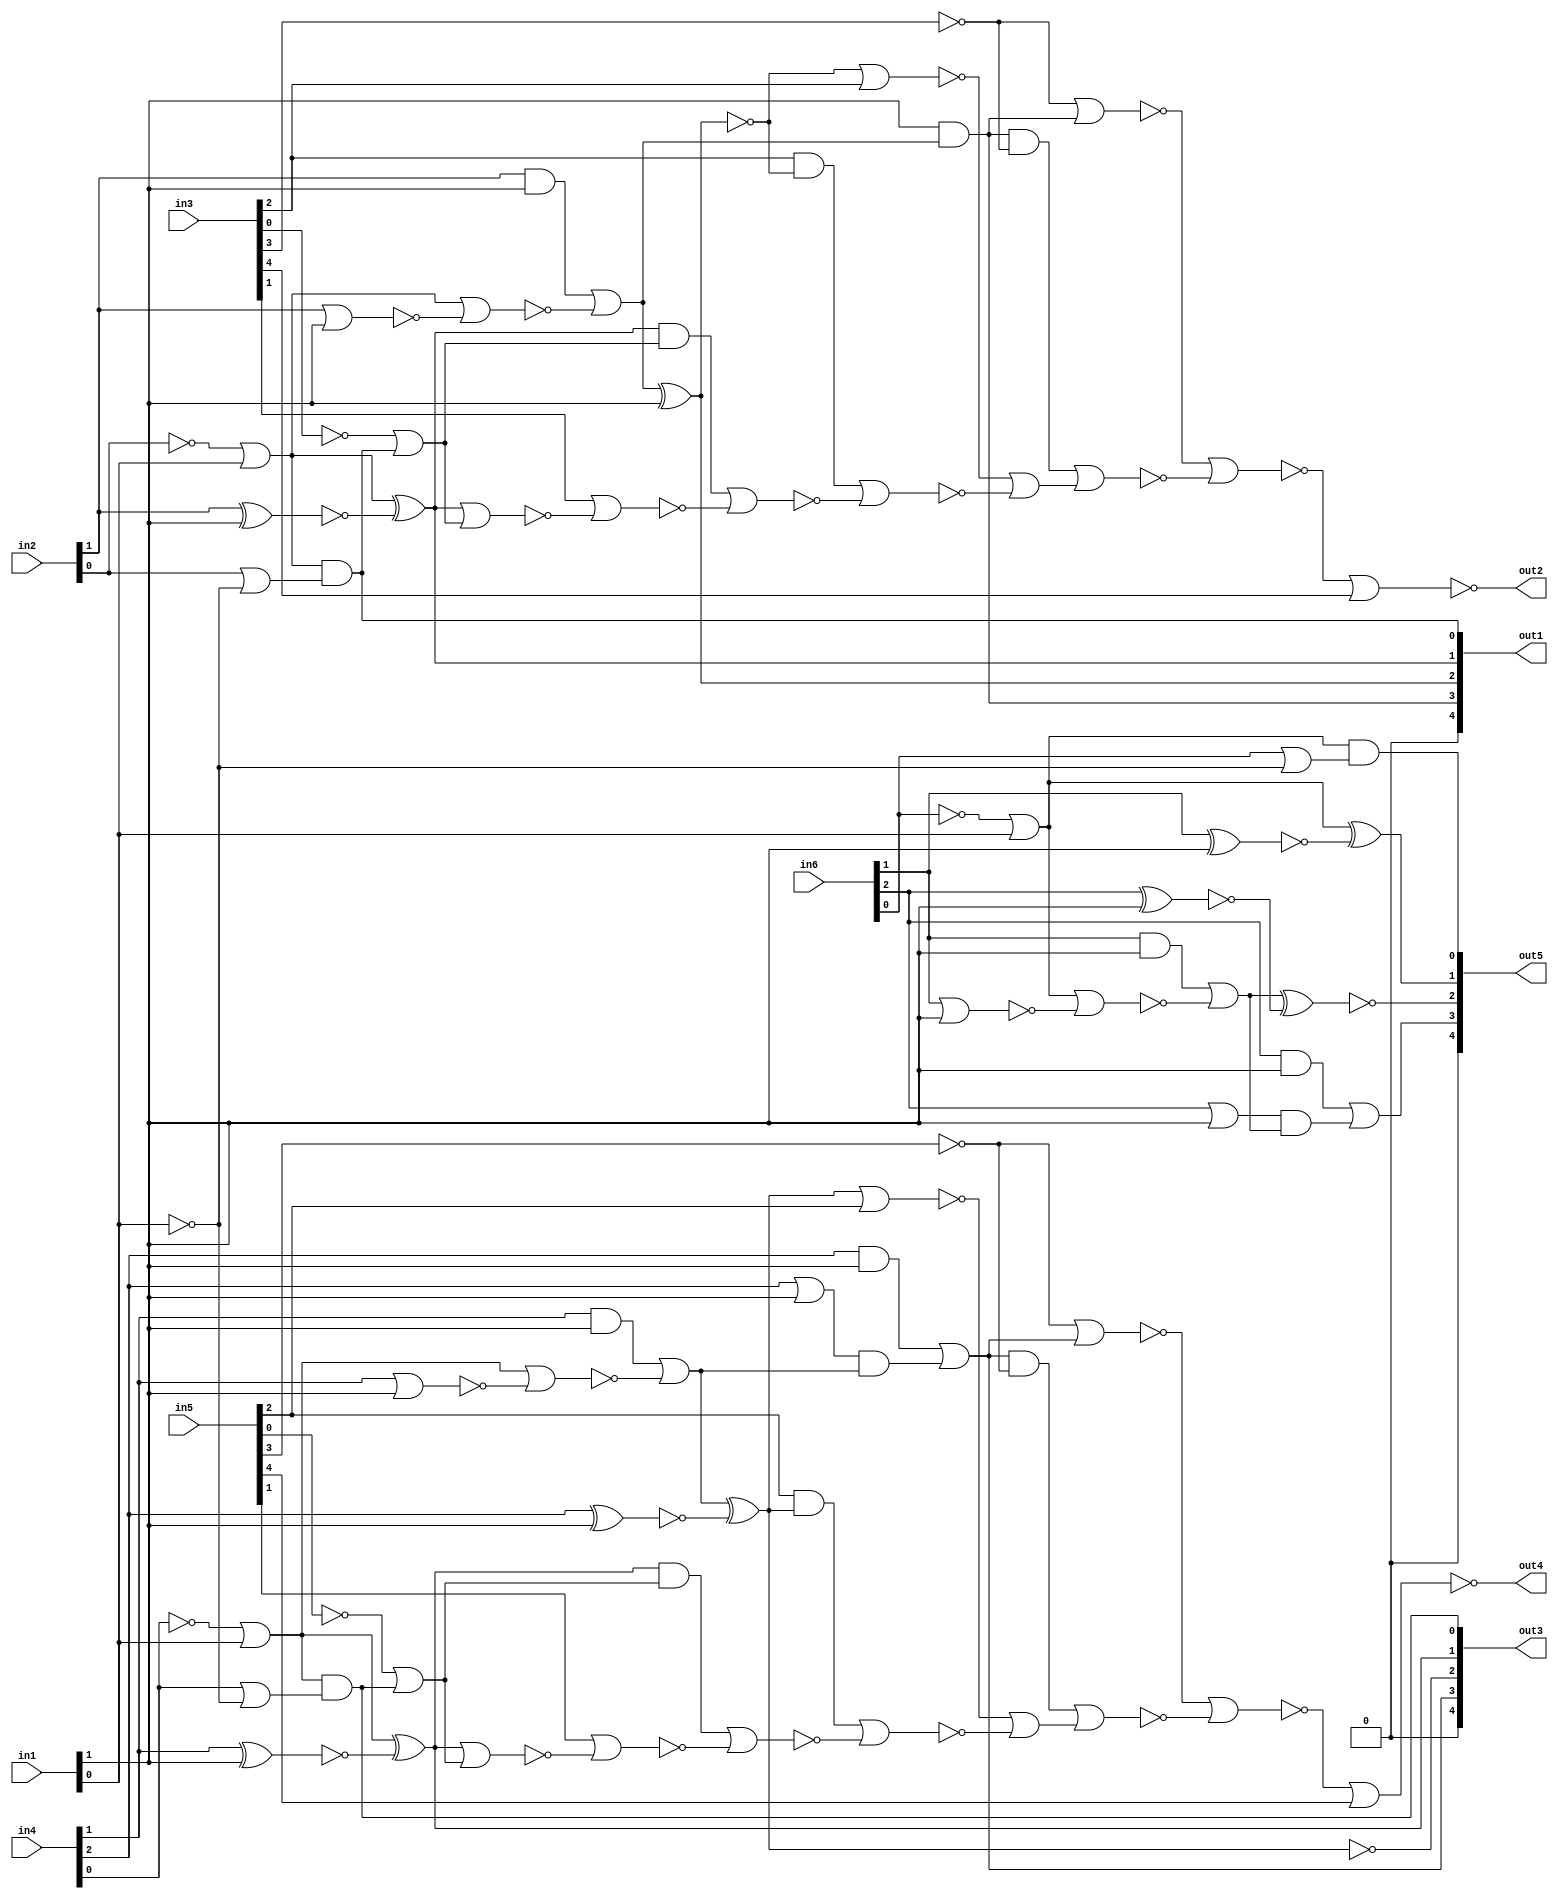
module top(in1, in2, in3, in4, in5, in6, out1, out2, out3, out4, out5);
  input [1:0] in1, in2;
  input [4:0] in3, in5;
  input [2:0] in4, in6;
  output [4:0] out1, out3, out5;
  output out2, out4;
  wire [1:0] in1, in2;
  wire [4:0] in3, in5;
  wire [2:0] in4, in6;
  wire [4:0] out1, out3, out5;
  wire out2, out4;
  wire w__1, w__2, w__3, w__4, w__5, w__6, w__7, w__8;
  wire w__9, w__10, w__11, w__12, w__13, w__14, w__15, w__16;
  wire w__17, w__18, w__19, w__20, w__21, w__22, w__23, w__24;
  wire w__25, w__26, w__27, w__28, w__29, w__30, w__31, w__32;
  wire w__33, w__34, w__35, w__36, w__37, w__38, w__39, w__40;
  wire w__41, w__42, w__43, w__44, w__45, w__46, w__47, w__48;
  wire w__49, w__50, w__51, w__52, w__53, w__54, w__55, w__56;
  wire w__57, w__58, w__59, w__60, w__61, w__62, w__63, w__64;
  wire w__65, w__66, w__67, w__68, w__69, w__70, w__71, w__72;
  wire w__73, w__74, w__75, w__76, w__77, w__78, w__79;
  buf constbuf_n1(out5[4], 1'b0);
  buf constbuf_n2(out3[4], 1'b0);
  buf constbuf_n3(out1[4], 1'b0);
  not g__1(w__79 ,in1[0]);
  and g__2(w__12 ,in1[1] ,w__10);
  xor g__3(w__11 ,w__4 ,w__8);
  or g__4(w__10 ,w__5 ,w__9);
  nor g__5(w__9 ,w__4 ,w__6);
  and g__6(out1[0] ,w__4 ,w__7);
  xnor g__7(w__8 ,in2[1] ,in1[1]);
  or g__8(w__7 ,in2[0] ,w__1);
  nor g__9(w__6 ,in2[1] ,in1[1]);
  and g__10(w__5 ,in2[1] ,in1[1]);
  or g__11(w__4 ,w__3 ,w__2);
  not g__12(w__3 ,in2[0]);
  not g__13(w__1 ,w__2);
  not g__14(w__2 ,w__79);
  buf g__15(out1[1] ,w__11);
  buf g__16(out1[3] ,w__12);
  xor g__17(out1[2] ,w__10 ,in1[1]);
  or g__18(w__28 ,w__19 ,w__27);
  xnor g__19(out3[2] ,w__25 ,w__23);
  and g__20(w__27 ,w__17 ,w__25);
  xor g__21(w__26 ,w__18 ,w__22);
  or g__22(w__25 ,w__21 ,w__24);
  nor g__23(w__24 ,w__18 ,w__16);
  and g__24(out3[0] ,w__18 ,w__20);
  xnor g__25(w__23 ,in4[2] ,in1[1]);
  xnor g__26(w__22 ,in4[1] ,in1[1]);
  and g__27(w__21 ,in4[1] ,in1[1]);
  or g__28(w__20 ,in4[0] ,w__13);
  and g__29(w__19 ,in4[2] ,in1[1]);
  or g__30(w__18 ,w__15 ,w__14);
  or g__31(w__17 ,in4[2] ,in1[1]);
  nor g__32(w__16 ,in4[1] ,in1[1]);
  not g__33(w__15 ,in4[0]);
  not g__34(w__13 ,w__14);
  not g__35(w__14 ,w__79);
  buf g__36(out3[1] ,w__26);
  buf g__37(out3[3] ,w__28);
  or g__38(w__44 ,w__35 ,w__43);
  xnor g__39(out5[2] ,w__41 ,w__39);
  and g__40(w__43 ,w__33 ,w__41);
  xor g__41(w__42 ,w__34 ,w__38);
  or g__42(w__41 ,w__37 ,w__40);
  nor g__43(w__40 ,w__34 ,w__32);
  and g__44(out5[0] ,w__34 ,w__36);
  xnor g__45(w__39 ,in6[2] ,in1[1]);
  xnor g__46(w__38 ,in6[1] ,in1[1]);
  and g__47(w__37 ,in6[1] ,in1[1]);
  or g__48(w__36 ,in6[0] ,w__29);
  and g__49(w__35 ,in6[2] ,in1[1]);
  or g__50(w__34 ,w__31 ,w__30);
  or g__51(w__33 ,in6[2] ,in1[1]);
  nor g__52(w__32 ,in6[1] ,in1[1]);
  not g__53(w__31 ,in6[0]);
  not g__54(w__29 ,w__30);
  not g__55(w__30 ,w__79);
  buf g__56(out5[1] ,w__42);
  buf g__57(out5[3] ,w__44);
  nor g__58(w__61 ,w__60 ,in3[4]);
  nor g__59(w__60 ,w__52 ,w__59);
  nor g__60(w__59 ,w__51 ,w__58);
  or g__61(w__58 ,w__49 ,w__57);
  nor g__62(w__57 ,w__48 ,w__56);
  nor g__63(w__56 ,w__54 ,w__55);
  nor g__64(w__55 ,in3[1] ,w__53);
  and g__65(w__54 ,out1[1] ,w__50);
  nor g__66(w__53 ,out1[1] ,w__50);
  nor g__67(w__52 ,w__45 ,out1[3]);
  and g__68(w__51 ,out1[3] ,w__45);
  or g__69(w__50 ,w__47 ,out1[0]);
  nor g__70(w__49 ,w__46 ,in3[2]);
  and g__71(w__48 ,in3[2] ,w__46);
  not g__72(w__47 ,in3[0]);
  not g__73(w__46 ,out1[2]);
  not g__74(w__45 ,in3[3]);
  buf g__75(out2 ,w__61);
  nor g__76(w__78 ,w__77 ,in5[4]);
  nor g__77(w__77 ,w__69 ,w__76);
  nor g__78(w__76 ,w__68 ,w__75);
  or g__79(w__75 ,w__66 ,w__74);
  nor g__80(w__74 ,w__65 ,w__73);
  nor g__81(w__73 ,w__71 ,w__72);
  nor g__82(w__72 ,in5[1] ,w__70);
  and g__83(w__71 ,out3[1] ,w__67);
  nor g__84(w__70 ,out3[1] ,w__67);
  nor g__85(w__69 ,w__62 ,out3[3]);
  and g__86(w__68 ,out3[3] ,w__62);
  or g__87(w__67 ,w__64 ,out3[0]);
  nor g__88(w__66 ,w__63 ,in5[2]);
  and g__89(w__65 ,in5[2] ,w__63);
  not g__90(w__64 ,in5[0]);
  not g__91(w__63 ,out3[2]);
  not g__92(w__62 ,in5[3]);
  buf g__93(out4 ,w__78);
endmodule